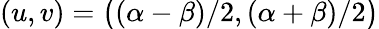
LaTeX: (u,v)=\smash{\big(}(\alpha-\beta)/2,(\alpha+\beta)/2\smash{\big)}